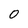
Character: 0